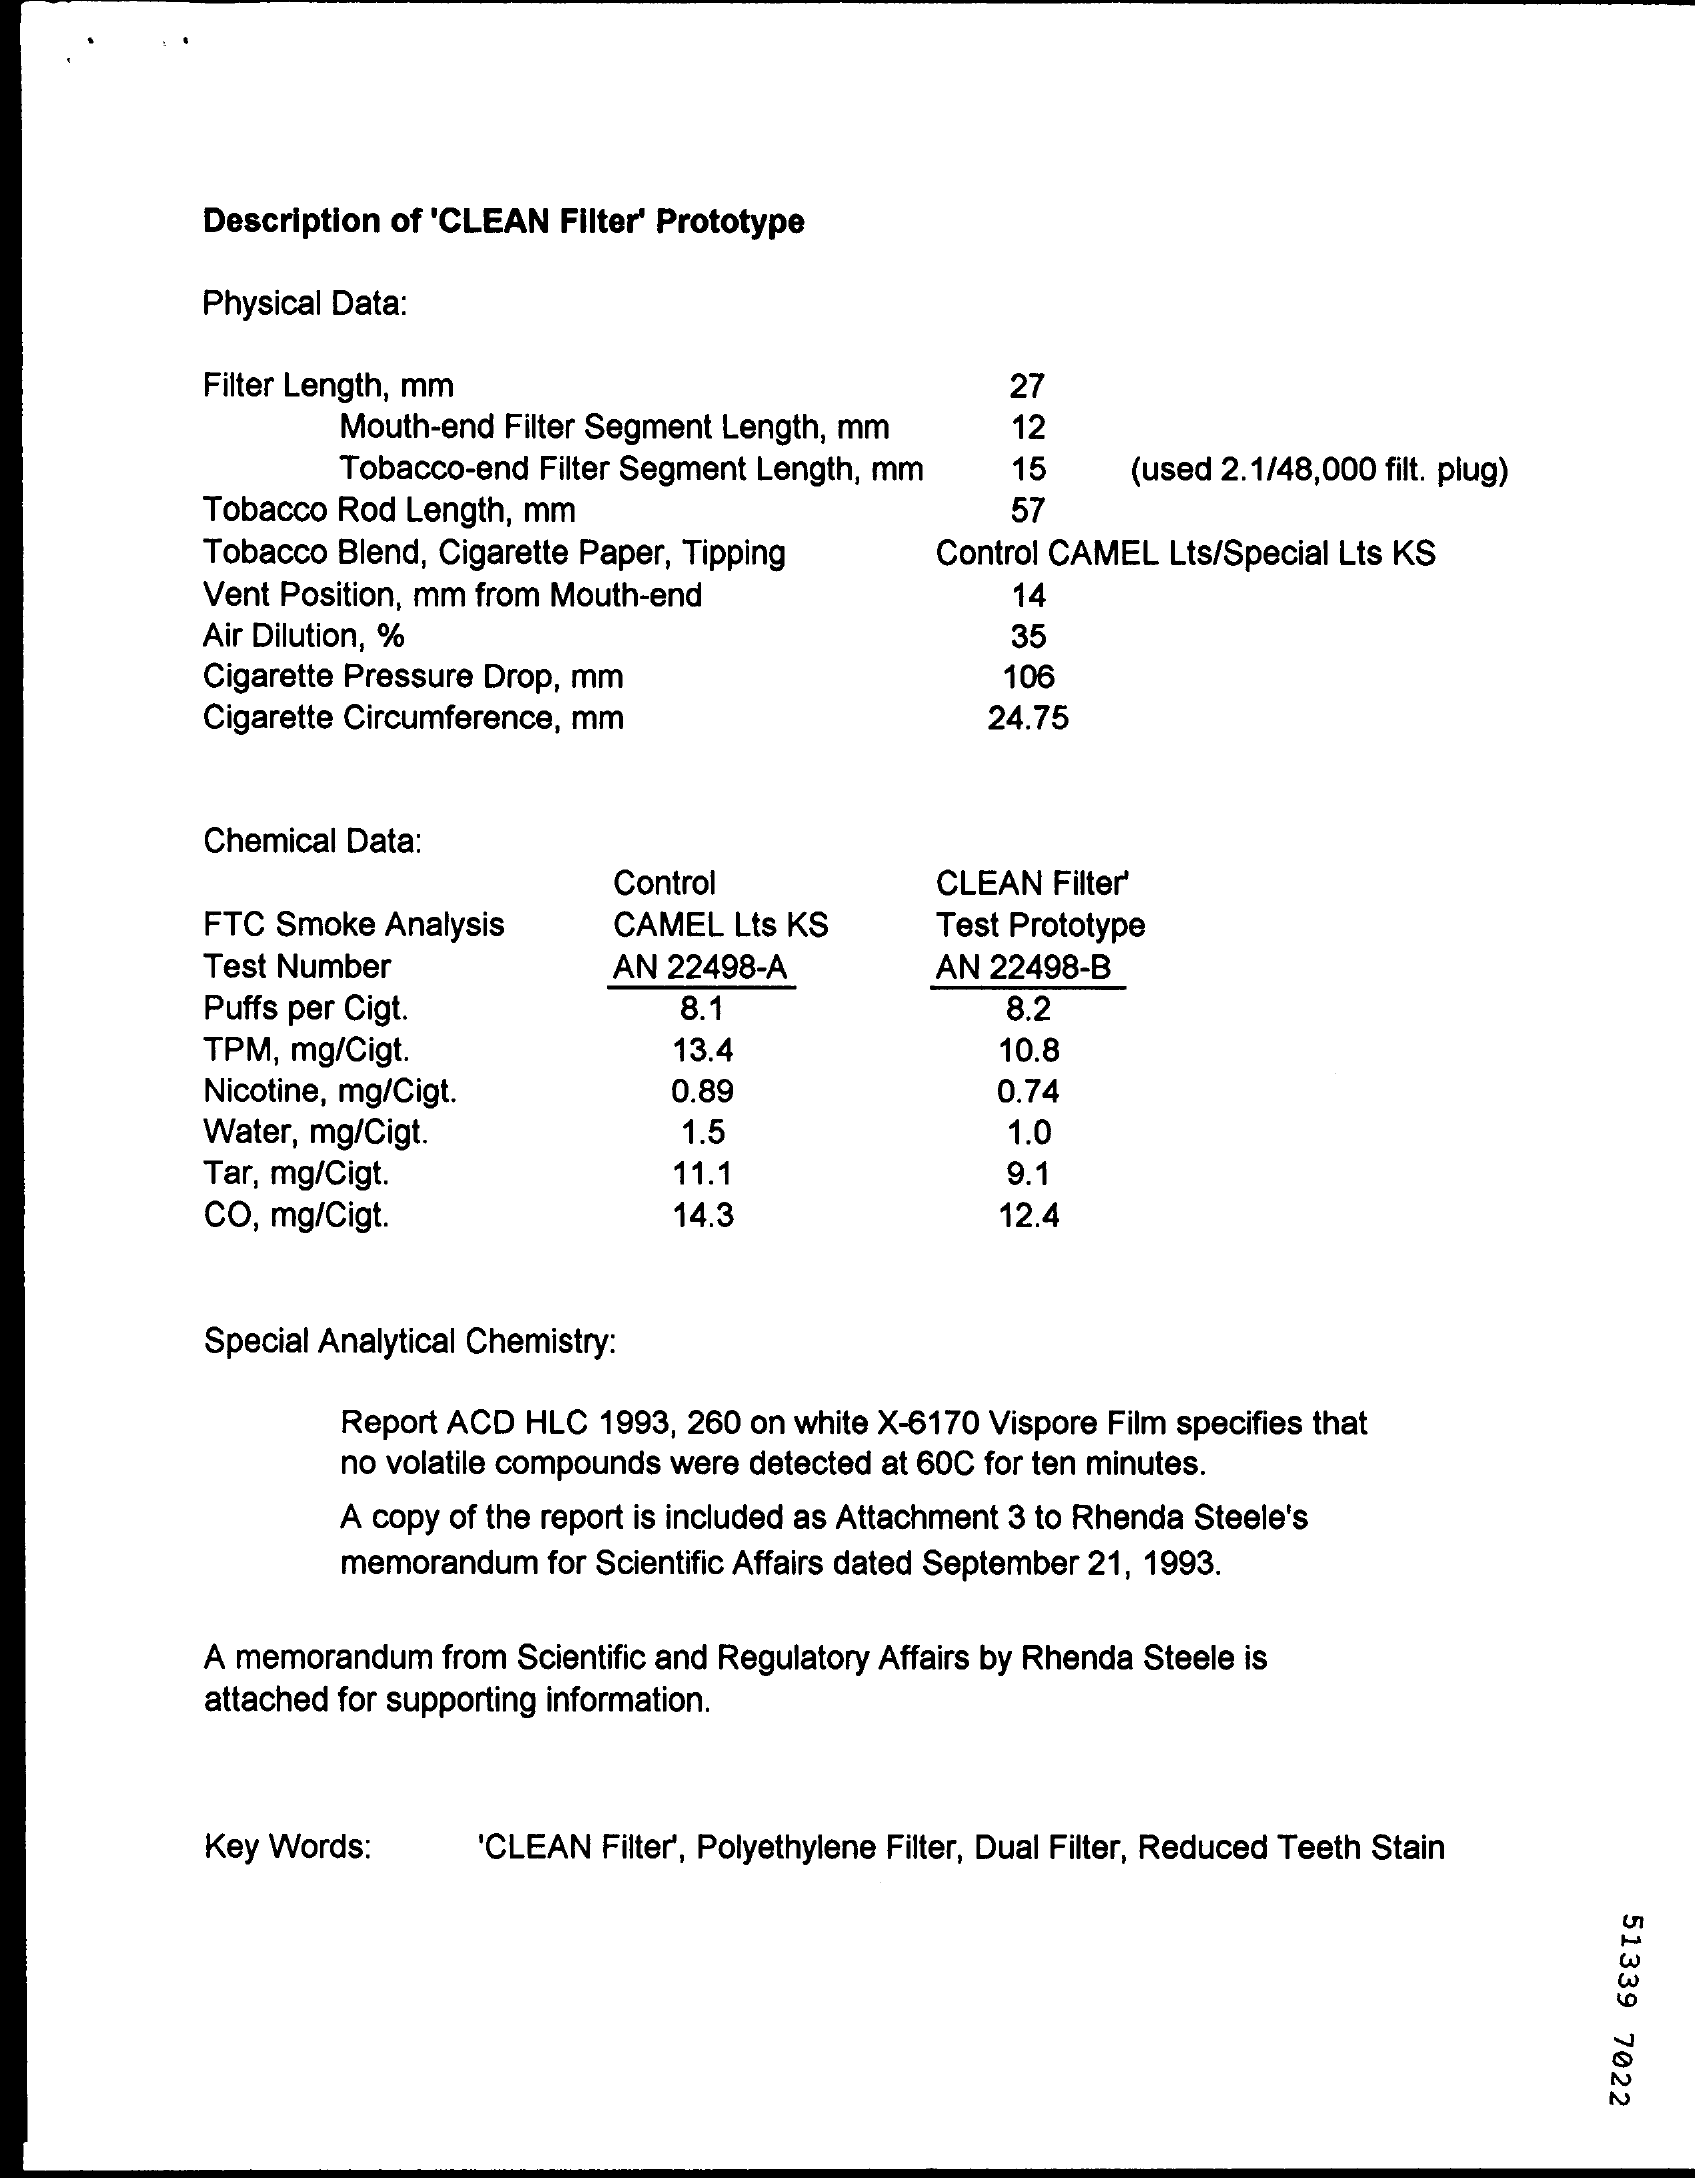
Description of 'CLEAN Filter' Prototype
     Physical Data:
     Filter Length, mm    27
     Mouth-end Filter Segment Length, mm   12
     Tobacco-end Filter Segment Length, mm 15    (used 2.1/48,000 filt. plug)
     Tobacco Rod Length, mm    57
     Tobacco Blend, Cigarette Paper, Tipping  Control CAMEL Lts/Special Lts KS
     Vent Position, mm from Mouth-end    14
     Air Dilution, %    35
     Cigarette Pressure Drop, mm    106
     Cigarette Circumference, mm    24.75
     Chemical Data:
     Control    CLEAN Filter'
     FTC Smoke Analysis    CAMEL Lts KS    Test Prototype
     Test Number    AN 22498-A    AN 22498-B
     Puffs per Cigt.    8.1    3.2
     TPM, mg/Cigt.    13.4    10.8
     Nicotine, mg/Cigt.    0.89    0.74
     Water, mg/Cigt.    1.5    1.0
     Tar, mg/Cigt.    11.1    9.1
     CO, mg/Cigt.    14.3    12.4
     Special Analytical Chemistry:
     Report ACD HLC 1993, 260 on white X-6170 Vispore Film specifies that
     no volatile compounds were detected at 60C for ten minutes.
     A copy of the report is included as Attachment 3 to Rhenda Steele's
     memorandum  for Scientific Affairs dated September 21, 1993.
     A memorandum from Scientific and Regulatory Affairs by Rhenda Steele is
     attached for supporting information.
     Key Words:    'CLEAN Filter', Polyethylene Filter, Dual Filter, Reduced Teeth Stain
     51339
     7022